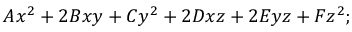
A x ^ { 2 } + 2 B x y + C y ^ { 2 } + 2 D x z + 2 E y z + F z ^ { 2 } ;